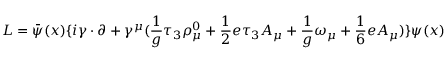
{ \cal L } = \bar { \psi } ( x ) \{ i \gamma \cdot \partial + \gamma ^ { \mu } ( { \frac { 1 } { g } } \tau _ { 3 } \rho _ { \mu } ^ { 0 } + { \frac { 1 } { 2 } } e \tau _ { 3 } A _ { \mu } + { \frac { 1 } { g } } \omega _ { \mu } + { \frac { 1 } { 6 } } e A _ { \mu } ) \} \psi ( x )